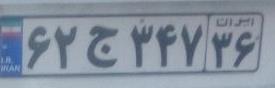
۶۲ج۳۴۷۳۶